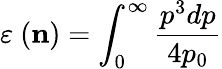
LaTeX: \varepsilon\ ({\mathbf n})=\int_{0}^{\infty}\frac{p^{3}dp}{4p_{0}}